Civil Veterinary Department Bihar & Orissa reports 1911-21 - 1911-1921
Year: 1911
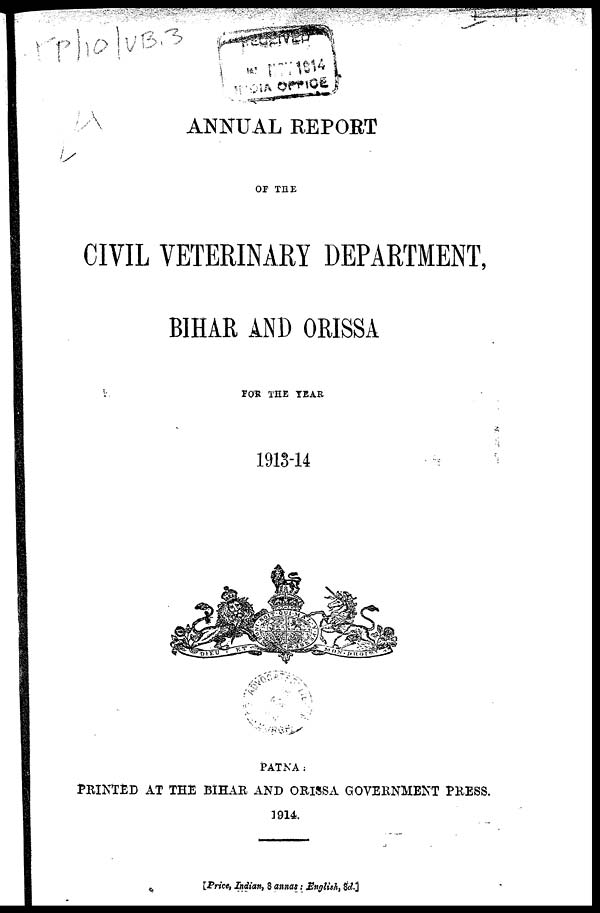
ANNUAL REPORT
OF THE
CIVIL VETERINARY DEPARTMENT,
BIHAR AND ORISSA
FOR THE YEAR
1913-14
PATNA:
PRINTED AT THE BIHAR AND ORISSA GOVERNMENT PRESS.
1914.
[Price, Indian, 8 annas ; English, 8d.]